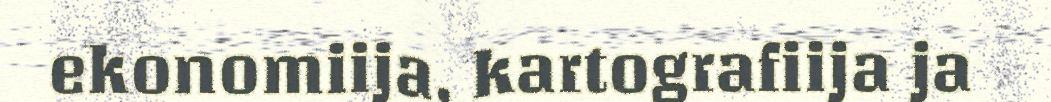
ekonomiija, kartografiija ja